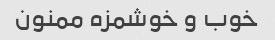
خوب و خوشمزه ممنون